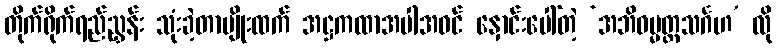
တိုက်ရိုက်ရည်ညွှန်း သုံးခဲ့တာမျိုးထက် အဋ္ဌကထာအပါအဝင် နှောင်းပေါ်တဲ့ ‘အဘိဓမ္မတ္ထသင်္ဂဟ’ လို